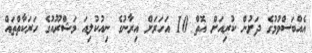
އެއްބަސްވުމުގެ ދަށުން ކުރިއަށް އޮތް 10 އަހަރަށް އިރާނުގެ ނިއުކުލިއަ މަޝްރޫއުގެ ހަރަކާތްތައް